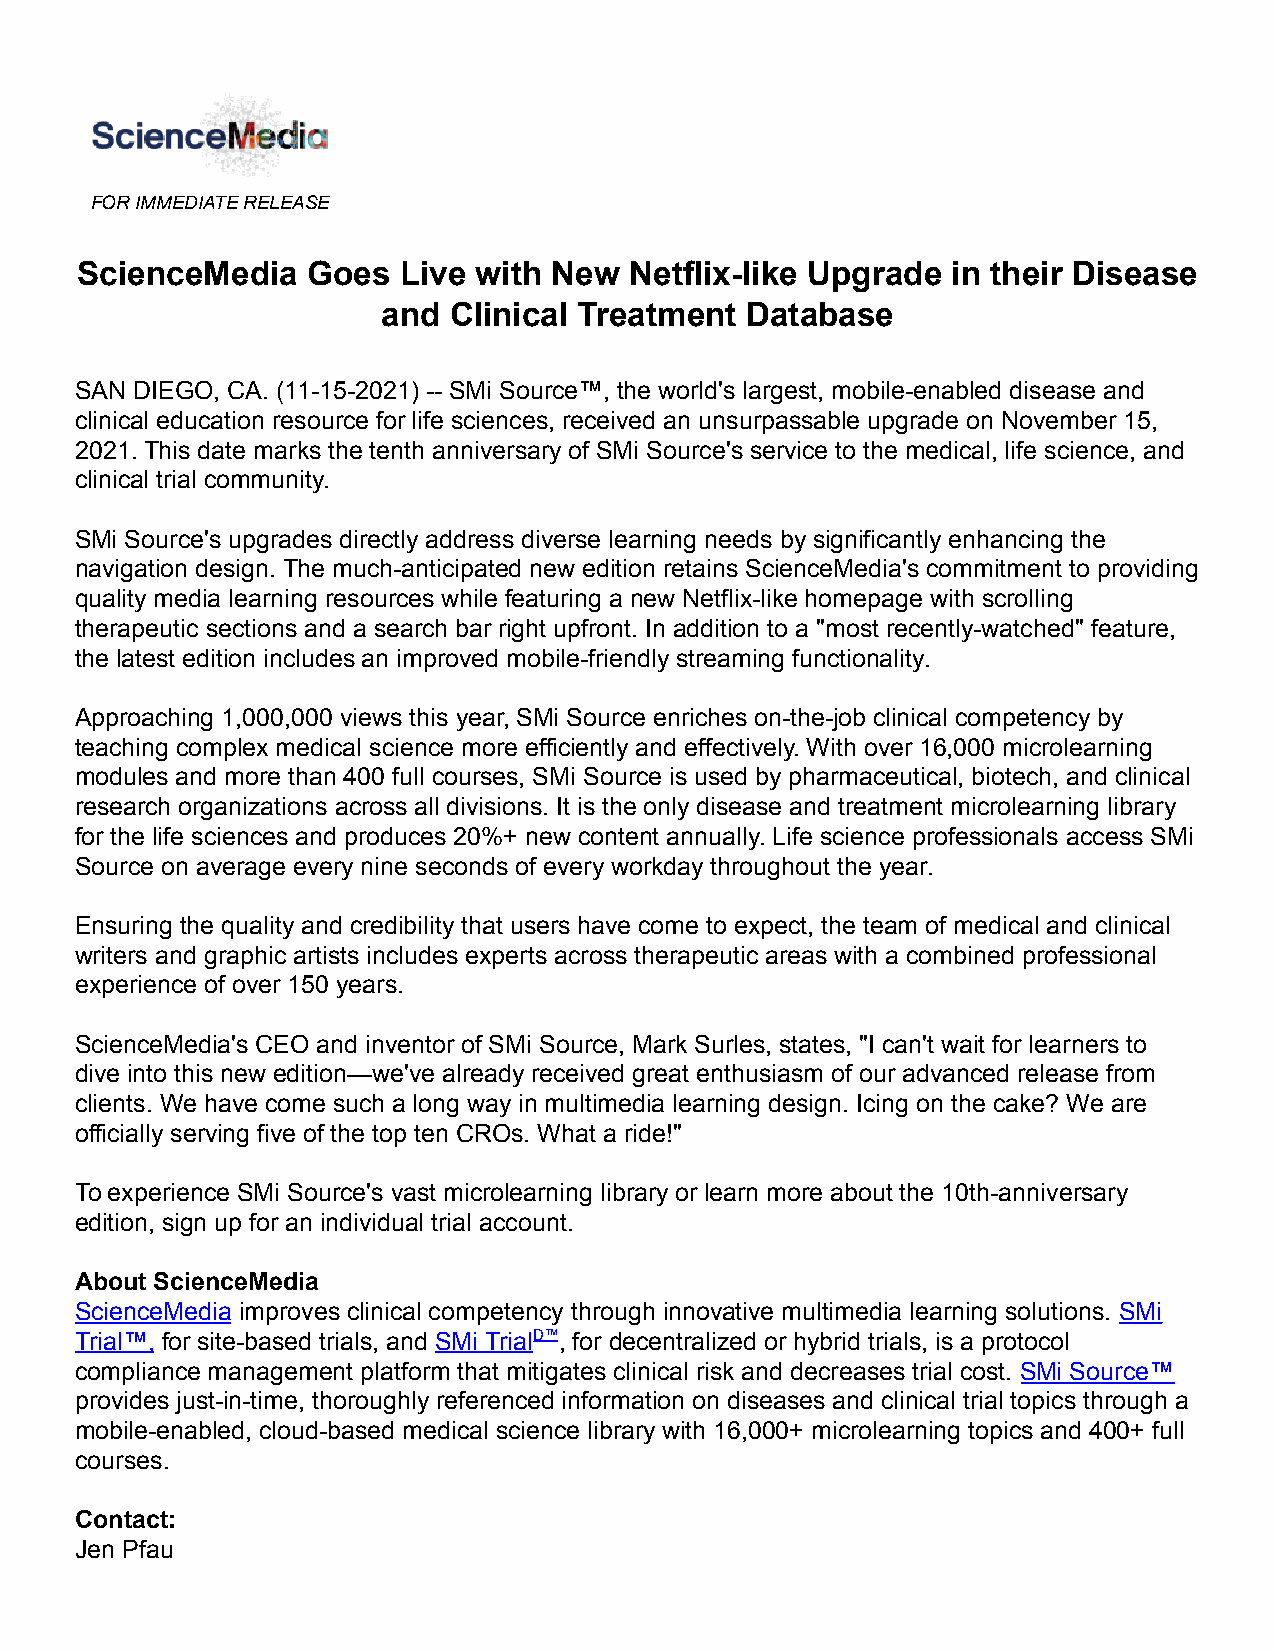
FOR IMMEDIATE RELEASE
 ScienceMedia   Goes  Live with  New  Netflix-like Upgrade in their Disease
 and  Clinical Treatment Database
 SAN DIEGO, CA. (11-15-2021) -- SMi Source™, the world's largest, mobile-enabled disease and
 clinical education resource for life sciences, received an unsurpassable upgrade on November 15,
 2021. This date marks the tenth anniversary of SMi Source's service to the medical, life science, and
 clinical trial community.
 SMi Source's upgrades directly address diverse learning needs by significantly enhancing the
 navigation design. The much-anticipated new edition retains ScienceMedia's commitment to providing
 quality media learning resources while featuring a new Netflix-like homepage with scrolling
 therapeutic sections and a search bar right upfront. In addition to a "most recently-watched" feature,
 the latest edition includes an improved mobile-friendly streaming functionality.
 Approaching 1,000,000 views this year, SMi Source enriches on-the-job clinical competency by
 teaching complex medical science more efficiently and effectively. With over 16,000 microlearning
 modules and more than 400 full courses, SMi Source is used by pharmaceutical, biotech, and clinical
 research organizations across all divisions. It is the only disease and treatment microlearning library
 for the life sciences and produces 20%+ new content annually. Life science professionals access SMi
 Source on average every nine seconds of every workday throughout the year.
 Ensuring the quality and credibility that users have come to expect, the team of medical and clinical
 writers and graphic artists includes experts across therapeutic areas with a combined professional
 experience of over 150 years.
 ScienceMedia's CEO and inventor of SMi Source, Mark Surles, states, "I can't wait for learners to
 dive into this new edition—we've already received great enthusiasm of our advanced release from
 clients. We have come such a long way in multimedia learning design. Icing on the cake? We are
 officially serving five of the top ten CROs. What a ride!"
 To experience SMi Source's vast microlearning library or learn more about the 10th-anniversary
 edition, sign up for an individual trial account.
 About ScienceMedia
 ScienceMedia improves clinical competency through innovative multimedia learning solutions. SMi
 Trial™, for site-based trials, and SMi TrialD™, for decentralized or hybrid trials, is a protocol
 compliance management platform that mitigates clinical risk and decreases trial cost. SMi Source™
 provides just-in-time, thoroughly referenced information on diseases and clinical trial topics through a
 mobile-enabled, cloud-based medical science library with 16,000+ microlearning topics and 400+ full
 courses.
 Contact:
 Jen Pfau